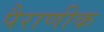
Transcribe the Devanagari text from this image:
पैराणीक